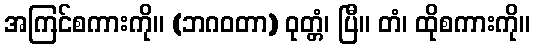
အကြင်စကားကို။ (ဘဂဝတာ) ဝုတ္တံ၊ ပြီ။ တံ၊ ထိုစကားကို။